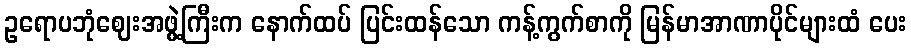
ဥရောပဘုံဈေးအဖွဲ့ကြီးက နောက်ထပ် ပြင်းထန်သော ကန့်ကွက်စာကို မြန်မာအာဏာပိုင်များထံ ပေး